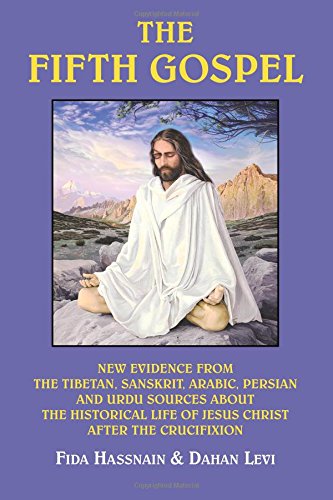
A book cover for The Fifth Gospel: New Evidence from the Tibetan, Sanskrit, Arabic, Persian and Urdu Sources About the Historical Life of Jesus Christ After the Crucifixion; Fida Hassnain; Christian Books & Bibles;